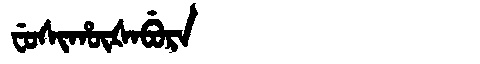
Manchu: ᠸᡠᠰᡳᡥᡡᡧᠠᠪᡠᡵᠠ
Romanization: FUSIHŪŠABURA